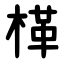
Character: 㮖